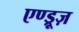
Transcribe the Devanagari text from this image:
एण्ड्रूज़